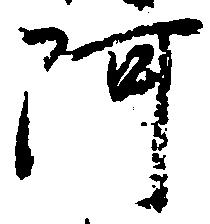
阿